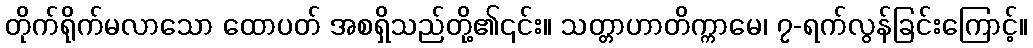
တိုက်ရိုက်မလာသော ထောပတ် အစရှိသည်တို့၏၎င်း။ သတ္တာဟာတိက္ကာမေ၊ ၇-ရက်လွန်ခြင်းကြောင့်။